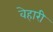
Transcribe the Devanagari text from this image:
वेहारी